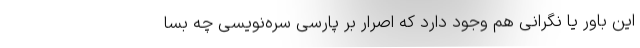
این باور یا نگرانی هم وجود دارد که اصرار بر پارسی سره‌نویسی چه بسا